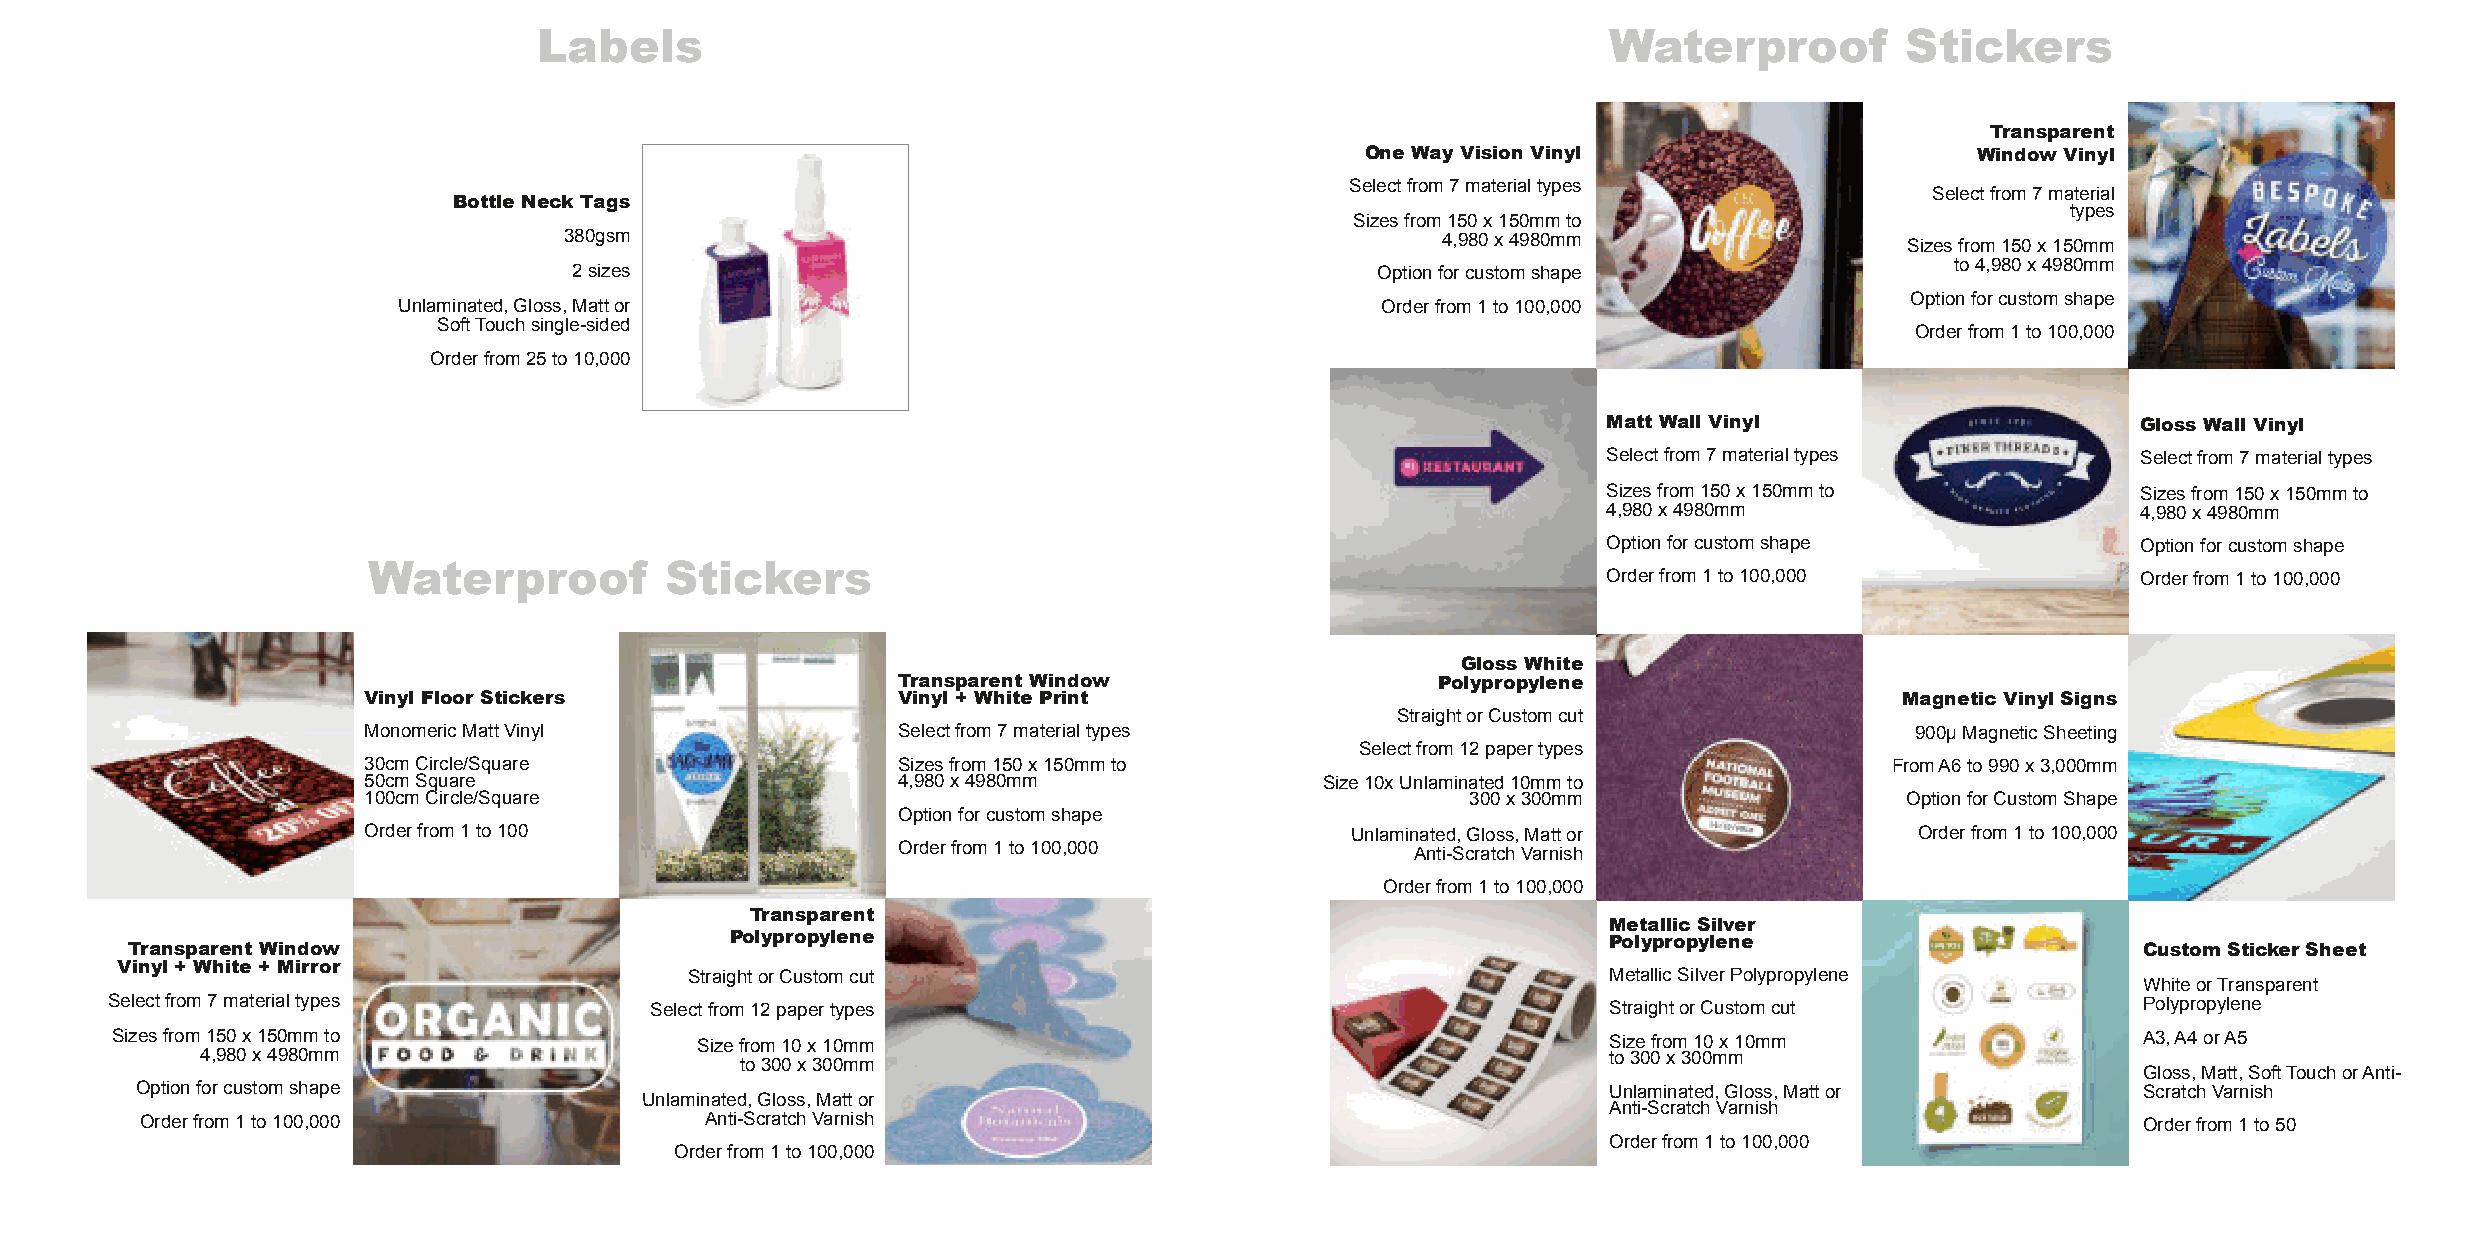
Labels                                                                Waterproof          Stickers
 Transparent
 One WayVision Vinyl                      WindowVinyl
 Selectfrom7materialtypes
 Selectfrom7material
 Bottle Neck Tags
 types
 Sizesfrom150x150mmto
 380gsm                                                    4,980x4980mm
 Sizesfrom150x150mm
 2sizes                                               Optionforcustomshape                  to4,980x4980mm
 Optionforcustomshape
 Unlaminated,Gloss,Mattor                                         Orderfrom1to100,000
 SoftTouchsingle-sided
 Orderfrom1to100,000
 Orderfrom25to10,000
 MattWall Vinyl                      GlossWall Vinyl
 Selectfrom7materialtypes            Selectfrom7materialtypes
 Sizesfrom150x150mmto                Sizesfrom150x150mmto
 4,980x4980mm                        4,980x4980mm
 Optionforcustomshape                Optionforcustomshape
 Waterproof          Stickers
 Orderfrom1to100,000                 Orderfrom1to100,000
 GlossWhite
 TransparentWindow                   Polypropylene
 Vinyl FloorStickers                Vinyl + White Print                                                Magnetic Vinyl Signs
 StraightorCustomcut
 MonomericMattVinyl                 Selectfrom7materialtypes                                            900µMagneticSheeting
 Selectfrom12papertypes
 30cmCircle/Square                  Sizesfrom150x150mmto                                              FromA6to990x3,000mm
 50cmSquare                         4,980x4980mm                 Size10xUnlaminated10mmto
 100cmCircle/Square                                                       300x300mm                    OptionforCustomShape
 Optionforcustomshape
 Orderfrom1to100                                                  Unlaminated,Gloss,Mattor              Orderfrom1to100,000
 Orderfrom1to100,000                Anti-ScratchVarnish
 Orderfrom1to100,000
 Transparent
 Metallic Silver
 Polypropylene                                              Polypropylene
 TransparentWindow                                                                                                                    Custom StickerSheet
 Vinyl + White + Mirror
 StraightorCustomcut                                          MetallicSilverPolypropylene
 WhiteorTransparent
 Selectfrom7materialtypes            Selectfrom12papertypes                                          StraightorCustomcut                Polypropylene
 Sizesfrom150x150mmto                   Sizefrom10x10mm                                              Sizefrom10x10mm                    A3,A4orA5
 4,980x4980mm                                                                                  to300x300mm
 to300x300mm
 Gloss,Matt,SoftTouchorAnti-
 Optionforcustomshape                                                                              Unlaminated,Gloss,Mattor           ScratchVarnish
 Unlaminated,Gloss,Mattor
 Anti-ScratchVarnish
 Orderfrom1to100,000                   Anti-ScratchVarnish                                                                            Orderfrom1to50
 Orderfrom1to100,000
 Orderfrom1to100,000